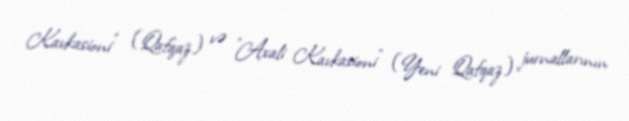
Kavkasioni" (Qafqaz) və "Axali Kavkasioni" (Yeni Qafqaz) jurnallarının